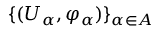
\{ ( U _ { \alpha } , \varphi _ { \alpha } ) \} _ { \alpha \in A }